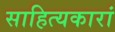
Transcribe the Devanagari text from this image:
साहित्यकारां